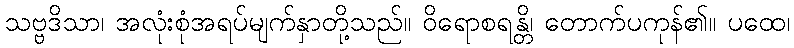
သဗ္ဗဒိသာ၊ အလုံးစုံအရပ်မျက်နှာတို့သည်။ ဝိရောစရန္တိ၊ တောက်ပကုန်၏။ ပထေ၊